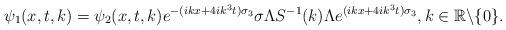
LaTeX: \begin{align*} \psi_1(x,t,k)=\psi_2(x,t,k)e^{-(ikx+4ik^3t)\sigma_3}\sigma\Lambda S^{-1}(k)\Lambda e^{(ikx+4ik^3t)\sigma_3}, k\in\mathbb{R}\backslash\{0\}.\end{align*}